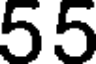
55